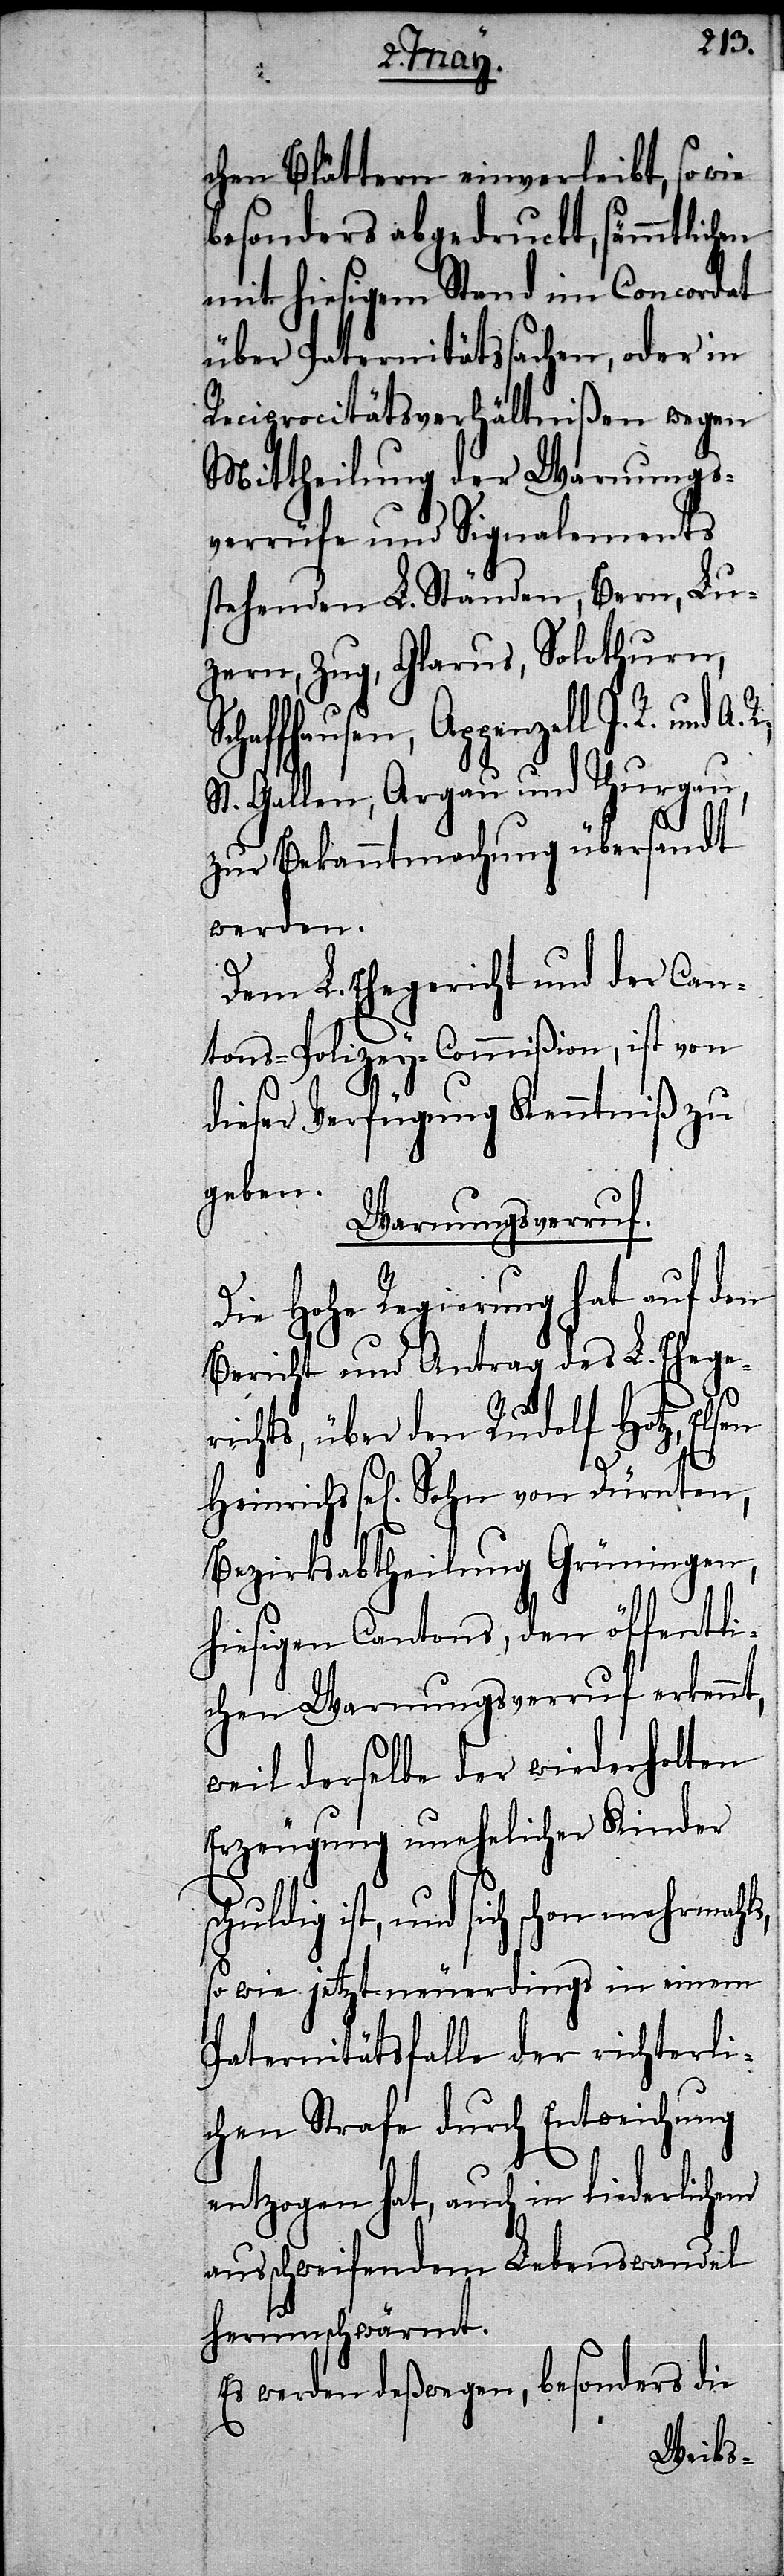
on
chen Blättern einverl¬
besonders abgedruckt, sämmtlic¬
mit hiesigem Stand
über Paternitätssach¬
Reciprocitätsverhäl¬
Mittheilung der W¬
verrüfe und Sign¬
stehenden L. Ständen,
zern, Zug, Glarus, So¬
ffhausen, Appenz¬
St. Gallen, Argau und
zur Bekanntmachung
werden.
Dem L. Ehegericht und der C¬
tons-Polizey-Commißion, ist v¬
dieser Verfügung Kenntniß zu
geben.
Warnungsverruf
Die Hohe Regierung hat auf den
Bericht und Antrag des L. Eheg¬
ndel
erichts, über den Rudolf
hterli¬
Heinrichs sel[igen] Sohn
Bezirksabtheilung Grün¬
hiesigen Cantons, den
weil derselbe der wi¬
Erzeugung unehelic¬
dig ist, und sich
so wie jetzt neuerdings
Paternitätsfalle d¬
chen Strafe durch
entzogen hat, auch
ausschweifendem Leben¬
herumschwärmt.
Es werden deßwegen, besonde¬

I.

rs

die

R.,